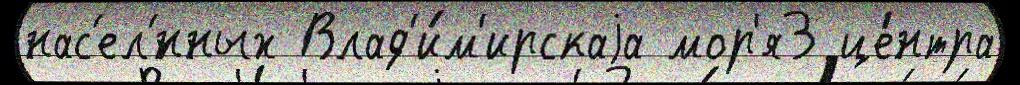
нас'ел'́нных Влад'и́м'ирскаjа мор'я3 це́нтра